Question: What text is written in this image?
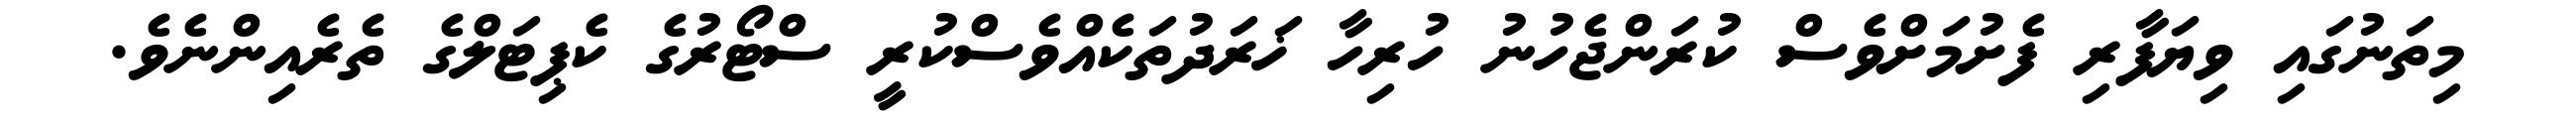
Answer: މިތަނުގައި ވިޔަފާރި ފެށުމަށްވެސް ކުރަންޖެހުނު ހުރިހާ ޚަރަދުތަކެއްވެސްކުރީ ސްޓޯރުގެ ކެޕިޓަލްގެ ތެރެއިންނެވެ.